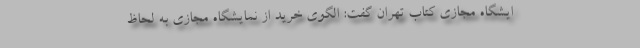
ایشگاه مجازی کتاب تهران گفت: الگوی خرید از نمایشگاه مجازی به لحاظ